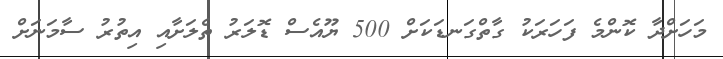
މަހަށްދާ ކޮންމެ ފަހަރަކު ގާތްގަނޑަކަށް 500 ޔޫއެސް ޑޮލަރު ތެލަށާއި އިތުރު ސާމަނަށް